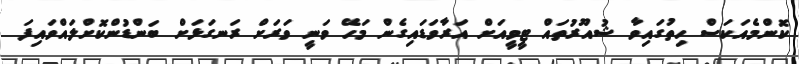
ކޮންމެއަކަސް ހިތުގައިވާ ޝުއޫރުތައް ޓީވީއަށް އަރާވަޑައިގެން މަހޭ ވަނީ ވަރަށް ރަނގަޅަށް ބަންޑުންކޮށްލައްވައިފަ